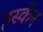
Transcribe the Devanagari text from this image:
इस्कॅन